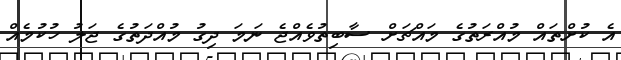
އެ ކުށްތައް މުއްރަތުގެ މައްޗަށް ސާބިތުވެއްޖެ ނަމަ ދިގު މުއްދަތުގެ ޖަލު ހުކުމެއް